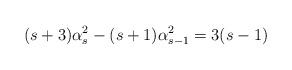
LaTeX: \begin{align*}(s+3)\alpha _{s}^{2}-(s+1)\alpha _{s-1}^{2}=3(s-1)\end{align*}